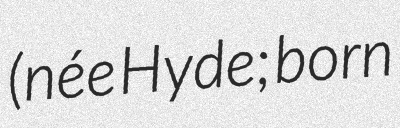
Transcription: (née Hyde; born